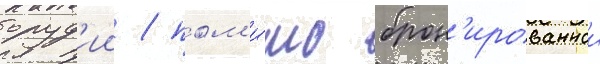
оруд'ии / пом'и́мо брон'ированнои